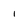
Character: 1